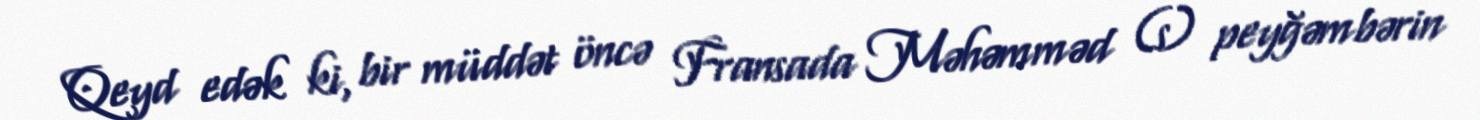
Qeyd edək ki, bir müddət öncə Fransada Məhəmməd (s) peyğəmbərin